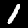
Label: 1